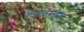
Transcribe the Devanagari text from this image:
कझाकस्तानात